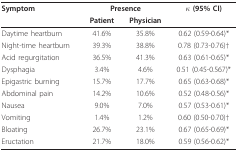
<table><thead><tr><td><b>Symptom</b></td><td colspan="2"><b>Presence</b></td><td><b>κ (95% CI)</b></td></tr><tr><td></td><td><b>Patient</b></td><td><b>Physician</b></td><td></td></tr></thead><tbody><tr><td>Daytime heartburn</td><td>41.6%</td><td>35.8%</td><td>0.62 (0.59-0.64)*</td></tr><tr><td>Night-time heartburn</td><td>39.3%</td><td>38.8%</td><td>0.78 (0.73-0.76)†</td></tr><tr><td>Acid regurgitation</td><td>36.5%</td><td>41.3%</td><td>0.63 (0.61-0.65)*</td></tr><tr><td>Dysphagia</td><td>3.4%</td><td>4.6%</td><td>0.51 (0.45-0.567)*</td></tr><tr><td>Epigastric burning</td><td>15.7%</td><td>17.7%</td><td>0.65 (0.63-0.68)*</td></tr><tr><td>Abdominal pain</td><td>14.2%</td><td>10.6%</td><td>0.52 (0.48-0.56)*</td></tr><tr><td>Nausea</td><td>9.0%</td><td>7.0%</td><td>0.57 (0.53-0.61)*</td></tr><tr><td>Vomiting</td><td>1.4%</td><td>1.2%</td><td>0.60 (0.50-0.70)†</td></tr><tr><td>Bloating</td><td>26.7%</td><td>23.1%</td><td>0.67 (0.65-0.69)*</td></tr><tr><td>Eructation</td><td>21.7%</td><td>18.0%</td><td>0.59 (0.56-0.62)*</td></tr></tbody></table>